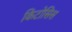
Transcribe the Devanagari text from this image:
किटोसिस